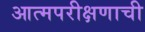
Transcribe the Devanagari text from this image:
आत्मपरीक्षणाची